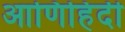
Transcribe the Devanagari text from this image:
आणिहिंदी